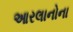
આરલાનોના